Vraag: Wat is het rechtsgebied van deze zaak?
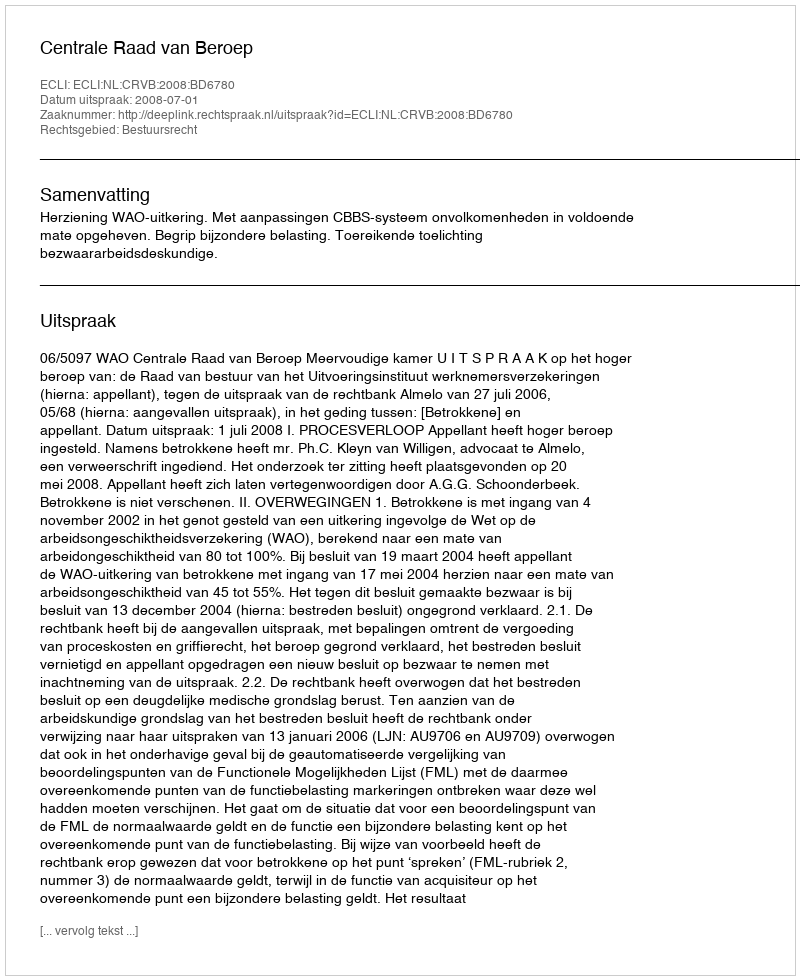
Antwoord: Bestuursrecht